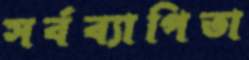
সর্বব্যাপিতা